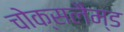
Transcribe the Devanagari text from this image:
चोक्सलैम्ड